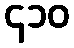
၄၁၀